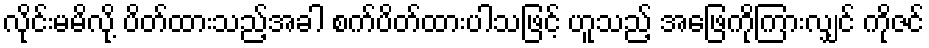
လိုင်းမမိလို့ ပိတ်ထားသည့်အခါ စက်ပိတ်ထားပါသဖြင့် ဟူသည့် အဖြေကိုကြားလျှင် ကိုဇင်